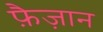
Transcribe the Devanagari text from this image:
फ़ैज़ान